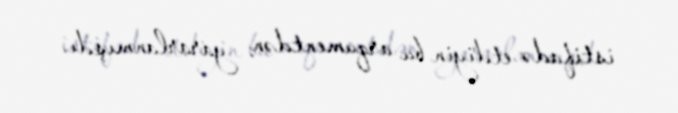
istifadə etdiyin bu arqumentdən yararlanmışdı.